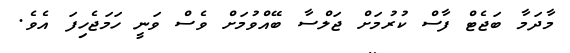
މާދަމާ ބަޖެޓް ފާސް ކުރުމަށް ޖަލްސާ ބޭއްވުމަށް ވެސް ވަނީ ހަމަޖެހިފަ އެވެ.